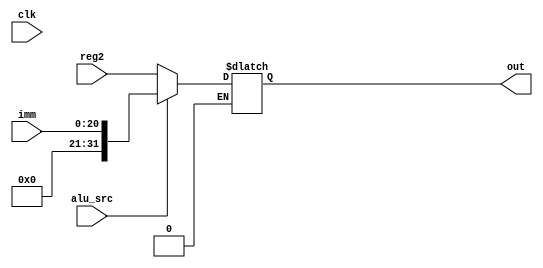
`timescale 1ns/1ps

module alu_mux (clk,alu_src,reg2,imm,out);

input clk;
input alu_src;
input [31:0] reg2;
input [20:0]imm;
output reg [31:0] out;

always @(*) begin
    if(alu_src==1)
        out=imm;
    else if(alu_src==0)
        out=reg2;
end
    
endmodule